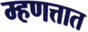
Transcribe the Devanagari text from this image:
म्हणत्तात